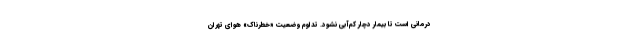
درمانی است تا بیمار دچار کم‌آبی نشود. تداوم وضعیت «خطرناک» هوای تهران